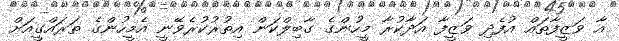
އާ ވަޒީފާތައް އުފެދި ވަޒީފާ އަދާކުރާ މީހުންގެ ގާބިލްކަން އިތުރުކުރެވޭނީ އެމީހުންގެ ތަރައްގީއަށް